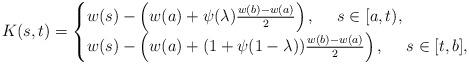
LaTeX: \begin{align*}K(s, t)=\begin{cases}w(s)-\left(w(a)+\psi(\lambda)\frac{w(b)-w(a)}{2}\right), ~~~~s\in[a, t),\\w(s)-\left(w(a)+(1+\psi(1-\lambda))\frac{w(b)-w(a)}{2}\right), ~~~~s\in[t, b],\end{cases}\end{align*}